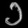
Digit: ၁